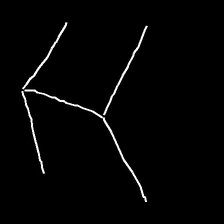
Glyph: gather